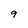
Character: 9